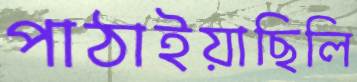
পাঠাইয়াছিলি